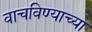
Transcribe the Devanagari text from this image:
वाचविण्याच्या